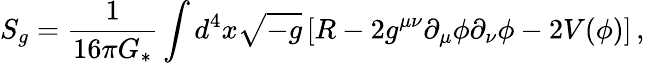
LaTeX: S_{g}=\frac{1}{16\pi G_{\ast}}\int d^{4}x\sqrt{-{g}}\left[{R}-2{g}^{\mu\nu}\partial_{\mu}\phi\partial_{\nu}\phi-2{V}(\phi)\right]\, ,